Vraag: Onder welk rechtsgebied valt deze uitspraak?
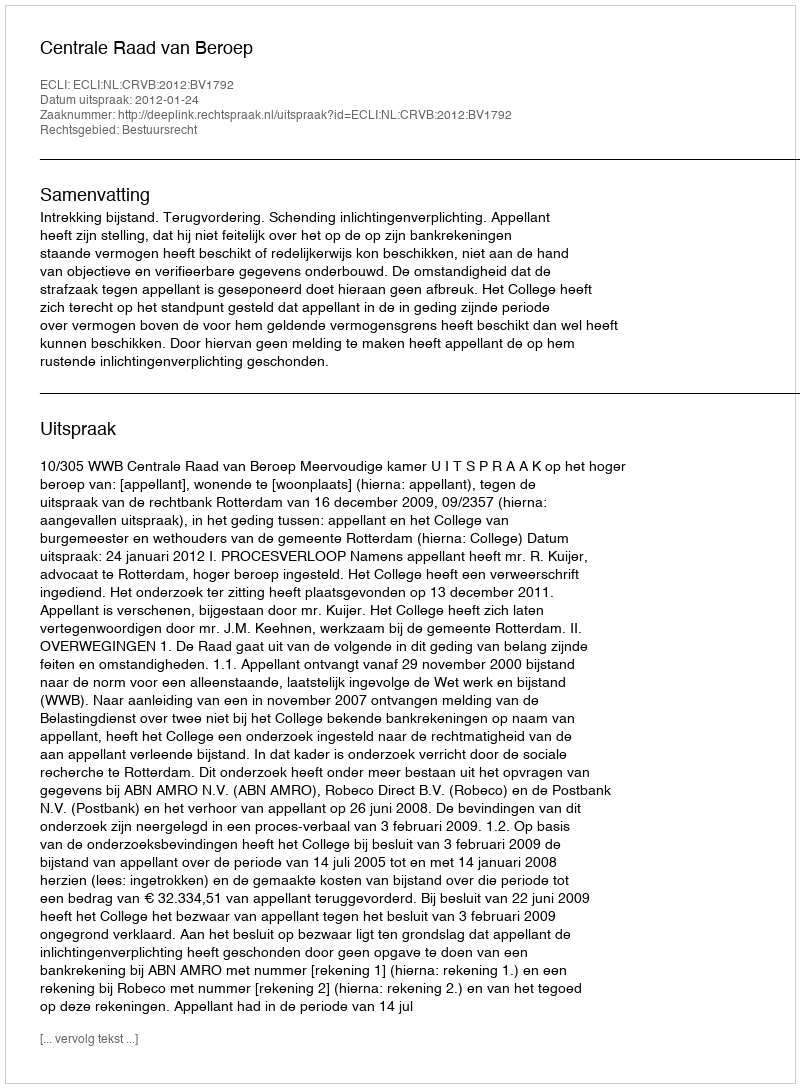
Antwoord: Bestuursrecht